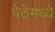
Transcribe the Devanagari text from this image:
पेठेमध्ये